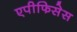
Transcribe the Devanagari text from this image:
एपीफिसेस